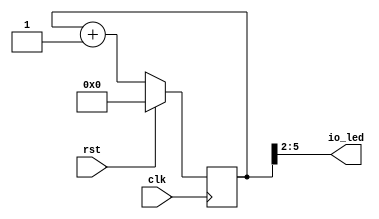
// Copyright (C) 2021  The Symbiflow Authors.
//
// Use of this source code is governed by a ISC-style
// license that can be found in the LICENSE file or at
// https://opensource.org/licenses/ISC
//
// SPDX-License-Identifier: ISC

module top (
    input clk,
    input rst,
    output [7:4] io_led
);

reg [31:0] counter = 32'b0;

assign io_led = counter[5:2];

always @(posedge clk)
begin
    if(rst)
        counter <= 32'b0;
    else
        counter <= counter + 1;
end

endmodule